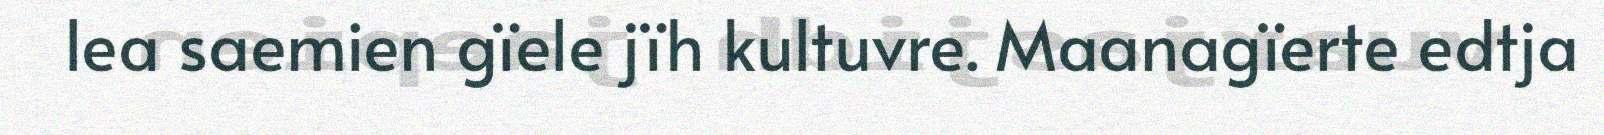
lea saemien gïele jïh kultuvre. Maanagïerte edtja